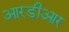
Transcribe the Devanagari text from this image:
आरडीआर